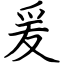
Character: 爰